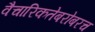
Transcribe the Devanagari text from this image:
वैचारिकतेबरोबरच